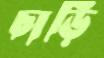
চাড়ি